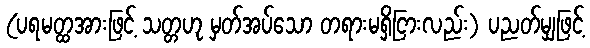
(ပရမတ္ထအားဖြင့် သတ္တဟု မှတ်အပ်သော တရားမရှိငြားလည်း) ပညတ်မျှဖြင့်